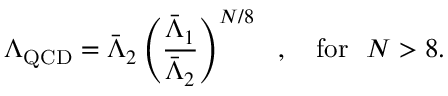
\Lambda _ { \mathrm { Q C D } } = \bar { \Lambda } _ { 2 } \left( { \frac { \bar { \Lambda } _ { 1 } } { \bar { \Lambda } _ { 2 } } } \right) ^ { N / 8 } \ \ , \ \ \ \mathrm { f o r } \ \ N > 8 .